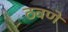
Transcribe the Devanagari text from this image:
ठवणे